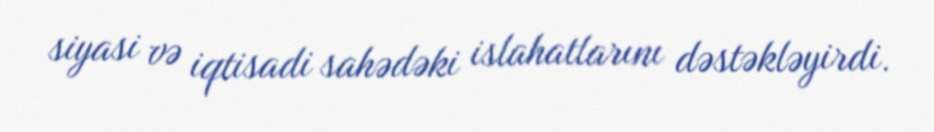
siyasi və iqtisadi sahədəki islahatlarını dəstəkləyirdi.